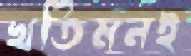
খতিমনই